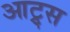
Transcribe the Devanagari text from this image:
आट्र्स